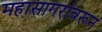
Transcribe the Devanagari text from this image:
महासागरांवरून